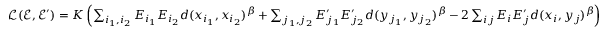
\begin{array} { r } { \mathcal { L } ( \mathcal { E } , \mathcal { E } ^ { \prime } ) = K \left( \sum _ { i _ { 1 } , i _ { 2 } } E _ { i _ { 1 } } E _ { i _ { 2 } } d ( x _ { i _ { 1 } } , x _ { i _ { 2 } } ) ^ { \beta } + \sum _ { j _ { 1 } , j _ { 2 } } E _ { j _ { 1 } } ^ { \prime } E _ { j _ { 2 } } ^ { \prime } d ( y _ { j _ { 1 } } , y _ { j _ { 2 } } ) ^ { \beta } - 2 \sum _ { i j } E _ { i } E _ { j } ^ { \prime } d ( x _ { i } , y _ { j } ) ^ { \beta } \right) } \end{array}